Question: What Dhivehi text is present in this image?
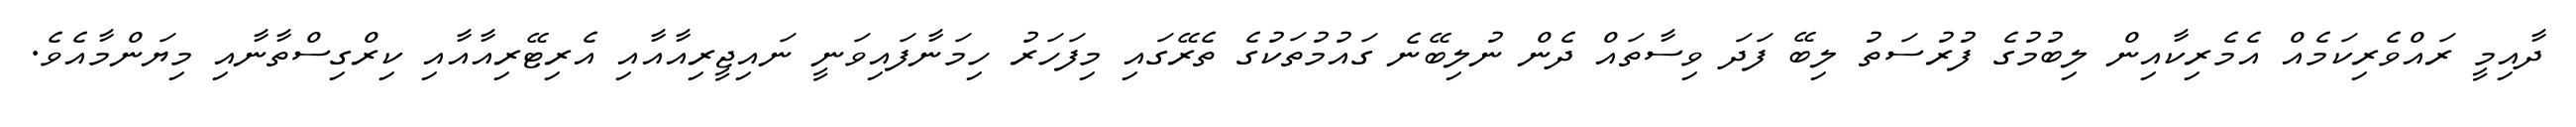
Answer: ދާއިމީ ރައްވެރިކަމެއް އެމެރިކާއިން ލިބުމުގެ ފުރުސަތު ލިބޭ ފަދަ ވިސާތައް ދެން ނުލިބޭނެ ގައުމުތަކުގެ ތެރޭގައި މިފަހަރު ހިމަނާފައިވަނީ ނައިޖީރިއާއާއި އެރިޓޭރިއާއާއި ކިރްގިސްތާނާއި މިޔަންމާއެވެ.